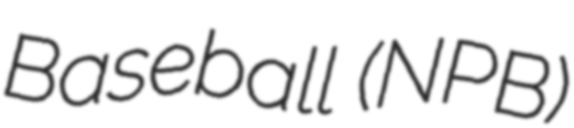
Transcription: Baseball (NPB)